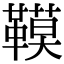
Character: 𩌧